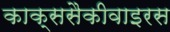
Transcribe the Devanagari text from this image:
काक्ससैकीवाइरस